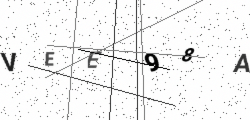
Text: VEE98A